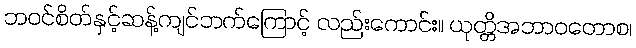
ဘဝင်စိတ်နှင့်ဆန့်ကျင်ဘက်ကြောင့် လည်းကောင်း။ ယုတ္တိအဘာဝတောစ၊